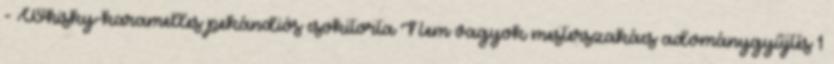
- Whisky-karamelles pekándiós csokitorta Nem vagyok mesterszakács adománygyűjtés 1